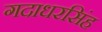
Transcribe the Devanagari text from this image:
गदाधरसिंह